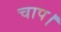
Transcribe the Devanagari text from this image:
चाप।